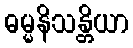
ဓမ္မနိသန္တိယာ